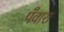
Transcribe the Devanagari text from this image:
पँवारा